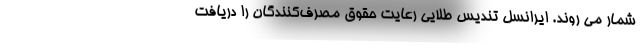
شمار می روند. ایرانسل تندیس طلایی رعایت حقوق مصرف‌کنندگان را دریافت